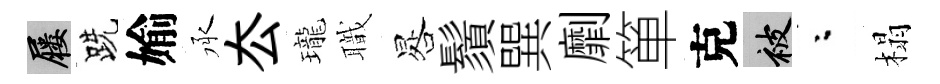
屨跣媮承厺瓏職晷鬚巽劘箪克被粉榻